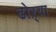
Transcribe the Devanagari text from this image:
ढोऱ्या